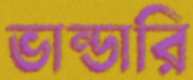
ভান্ডারি